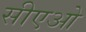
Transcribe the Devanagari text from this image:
सीएओ